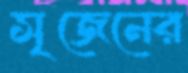
সৃজেনের